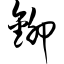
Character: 铆